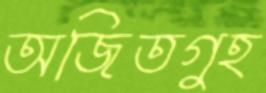
অজিতগুহ